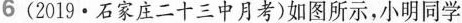
6 （2019·石家庄二十三中月考）如图所示，小明同学